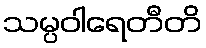
သမ္ပဝါရေတီတိ